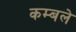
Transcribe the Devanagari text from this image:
कम्बले